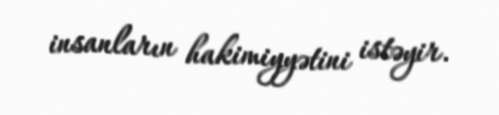
insanların hakimiyyətini istəyir.